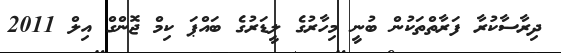
ދިރާސާކުރާ ފަރާތްތަކުން ބުނީ މިހާރުގެ ލީޑަރުގެ ބައްޕަ ކިމް ޖޮންގް އިލް 2011